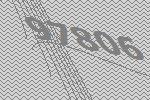
97806